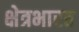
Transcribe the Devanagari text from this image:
क्षेत्रभारत